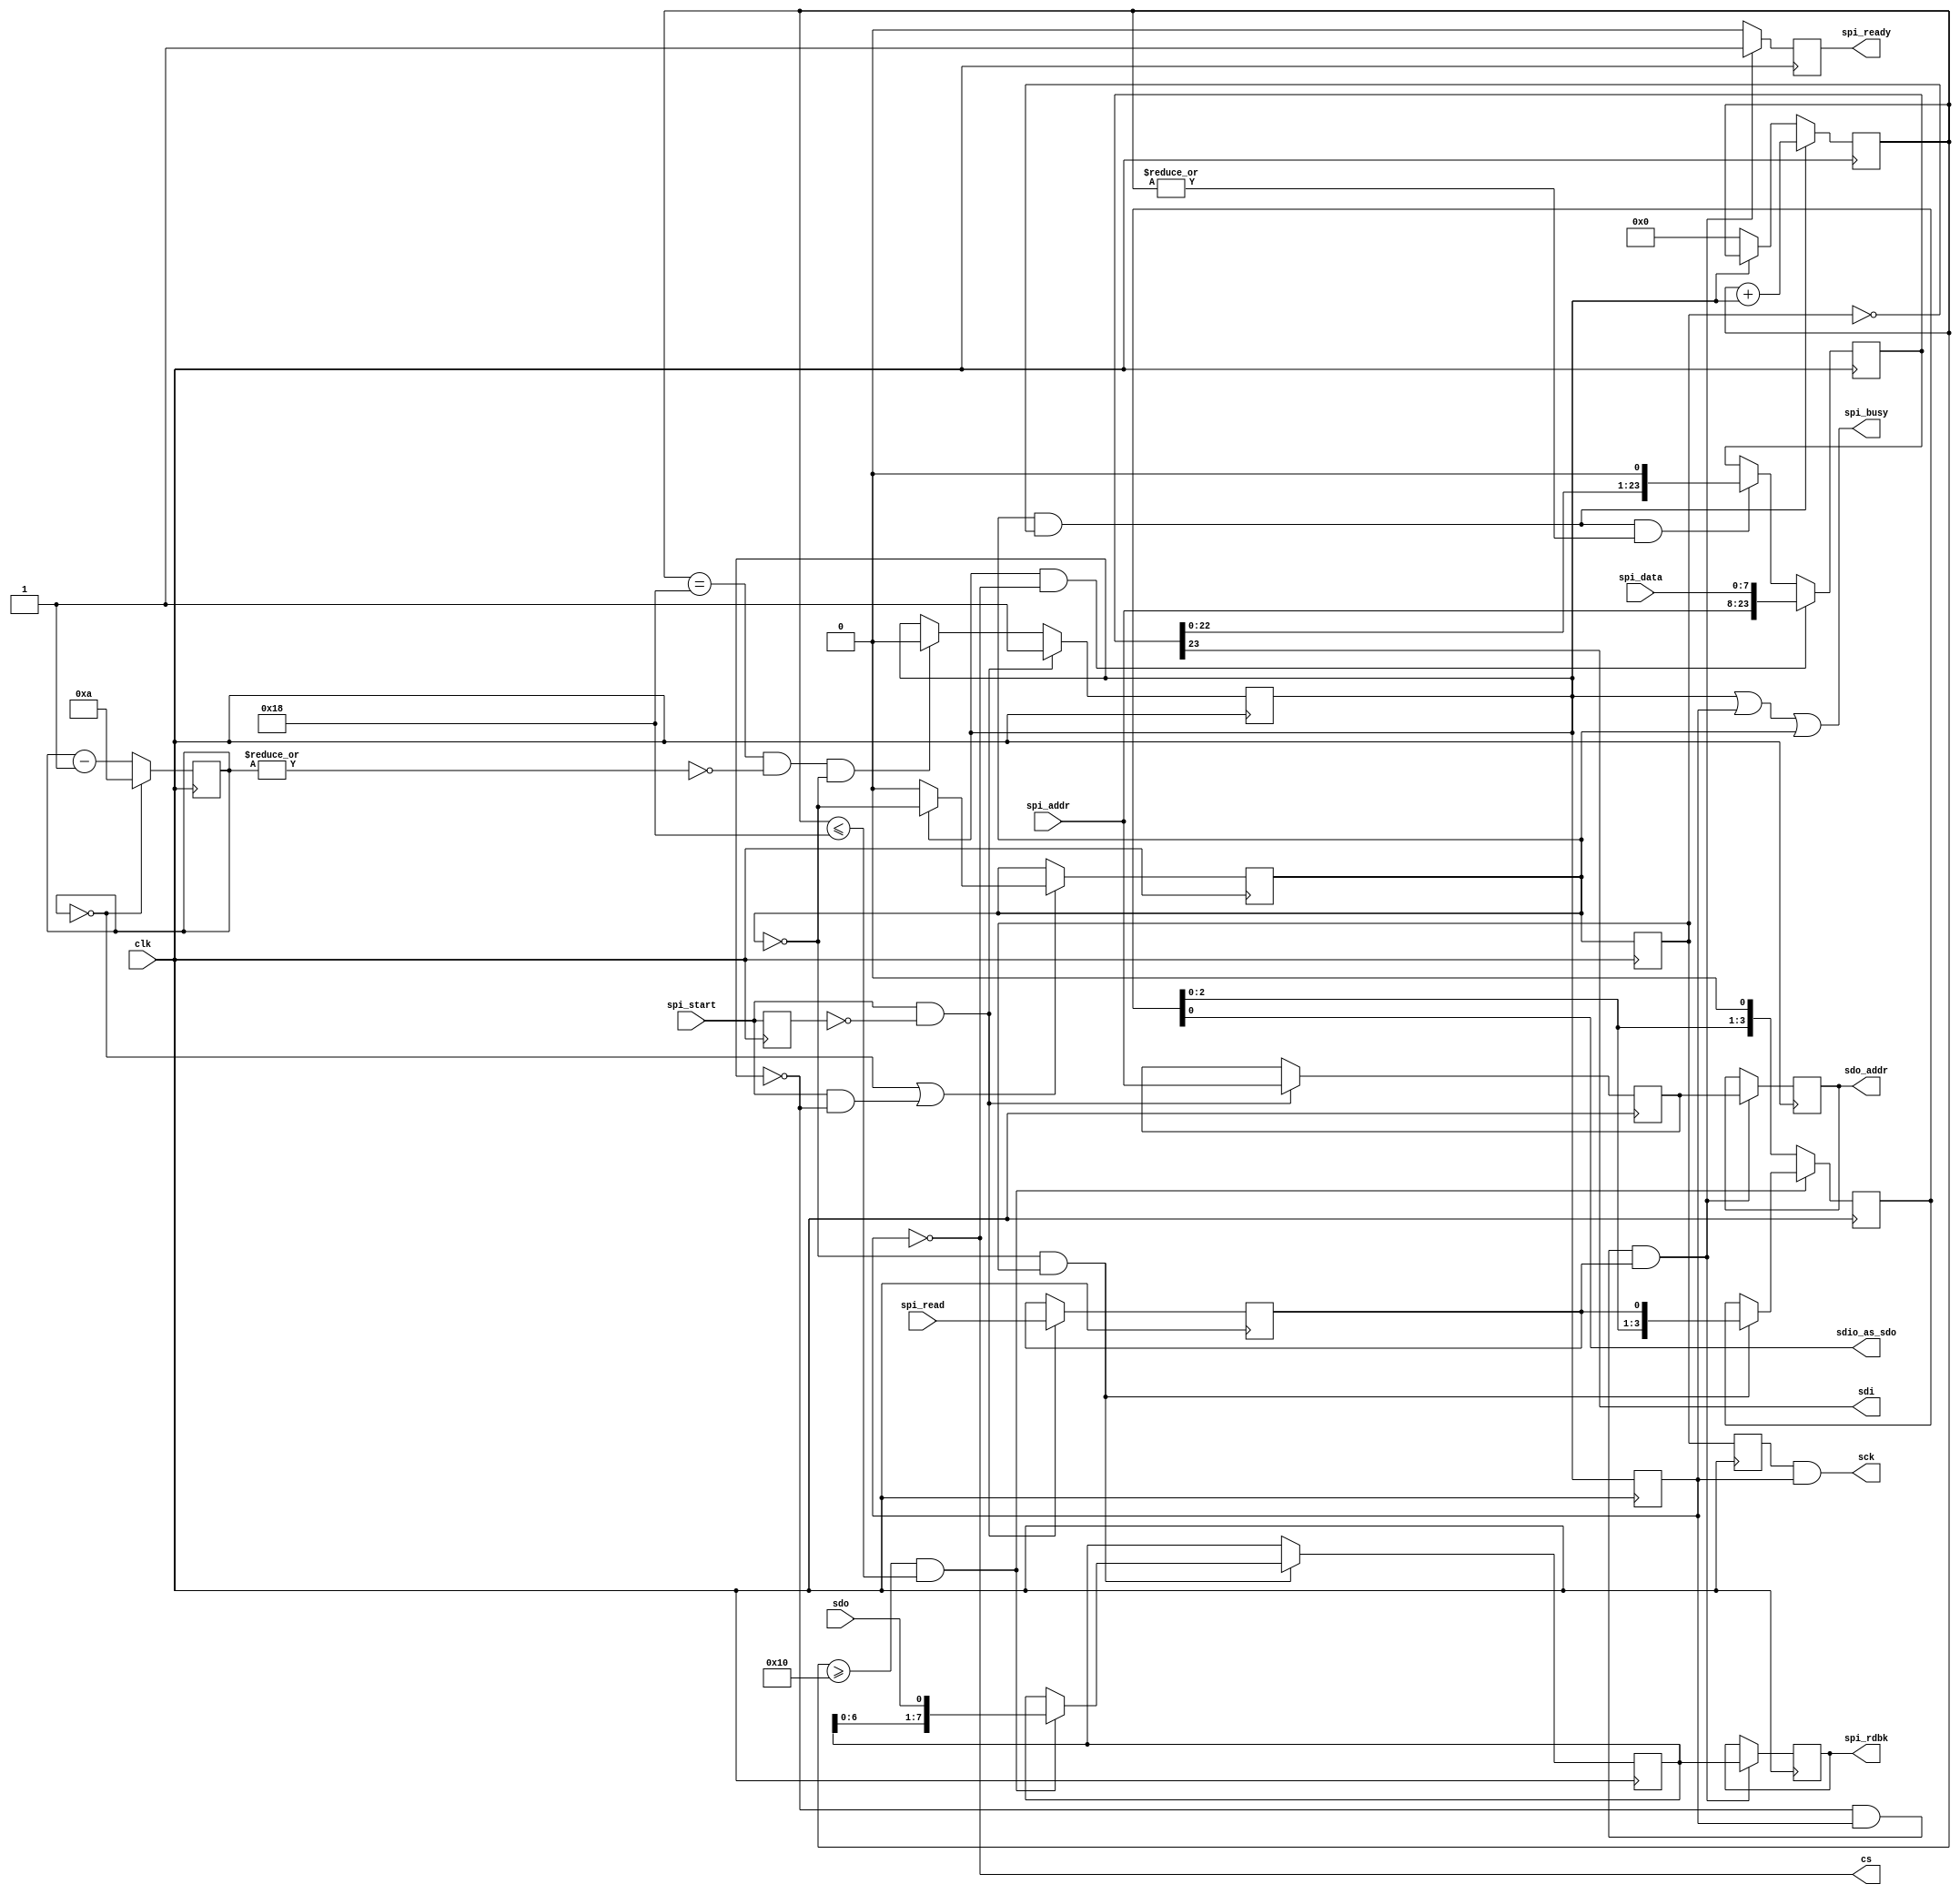
`timescale 1ns / 1ns
module spi_master #(
	parameter TSCKHALF=10,
	parameter ADDR_WIDTH=16,
	parameter DATA_WIDTH=8,
	parameter SCKCNT_WIDTH = clog2(ADDR_WIDTH+DATA_WIDTH+1),
	parameter TSCKW= clog2(TSCKHALF)+1,  // tsck is 2^5 time ts
	parameter SCK_RISING_SHIFT=1
) (
	input                  clk,
	input                  spi_start,
	output                 spi_busy,  // High while SPI transaction in flight
	input                  spi_read,
	input [ADDR_WIDTH-1:0] spi_addr,
	input [DATA_WIDTH-1:0] spi_data,
	output                 cs,
	output                 sck,
	output                 sdi,
	input                  sdo,
	output reg [ADDR_WIDTH-1:0] sdo_addr,
	output reg [DATA_WIDTH-1:0] spi_rdbk,
	output                 spi_ready,
	output                 sdio_as_sdo
);

function integer clog2;
	input integer value;
	integer local_value;
	begin
		local_value = value-1;
		for (clog2=0; local_value>0; clog2=clog2+1)
			local_value = local_value>>1;
	end
endfunction

reg cs_r=0,cs_r_d=0;
reg sck_r=0, sck_r_d=0, sck_r_d2=0;
reg [TSCKW-1:0] tckcnt=0;
reg [SCKCNT_WIDTH-1:0] sck_cnt=0;
reg spi_read_r=0, spi_start_r=0;
reg [ADDR_WIDTH-1:0] sdi_addr=0;

always @(posedge clk) begin
	tckcnt <= (tckcnt==0) ? TSCKHALF : tckcnt-1'b1;
	if (tckcnt==0 || (spi_start & ~cs_r)) sck_r <= cs_r ? ~sck_r : 1'b0 ;
	sck_r_d <= sck_r;
	sck_r_d2 <= sck_r_d;
	spi_start_r <= spi_start;
	if (spi_start & ~spi_start_r)
		cs_r <= 1'b1;
	else if (sck_cnt==ADDR_WIDTH+DATA_WIDTH & ~|tckcnt & ~sck_r )
		cs_r <= 1'b0;

	if (spi_start & ~spi_start_r) begin
		spi_read_r <= spi_read;
		sdi_addr <= spi_addr;
	end
	if (sck_r & ~sck_r_d) begin
		sck_cnt <= sck_cnt+cs_r ;
	end else begin
		sck_cnt <= cs_r ? sck_cnt : 1'b0;
	end
		cs_r_d <= cs_r;
end
wire sck_in_cs=sck_r_d2&cs_r_d;
assign cs = ~cs_r_d;
assign sck = SCK_RISING_SHIFT ? sck_in_cs : ~sck_in_cs;

wire cs_falling_edge = ~cs_r & cs_r_d;
reg [ADDR_WIDTH+DATA_WIDTH-1:0] sdi_value=0;
reg [DATA_WIDTH-1:0] sdo_rdbk_sr=0;
always @(posedge clk) begin
		if (cs_r & ~cs_r_d) begin
			sdi_value <= {spi_addr, spi_data};
		end else begin
			if (sck_r & ~sck_r_d & |sck_cnt) begin
				sdi_value <= {sdi_value[ADDR_WIDTH+DATA_WIDTH-2:0], 1'b0};
			end
		end
end

reg [3:0] sr_switch=0;
assign sdio_as_sdo = sr_switch[0];
always @(posedge clk) begin
	if (~sck_r & sck_r_d) begin
		if (sck_cnt >= ADDR_WIDTH & sck_cnt <= ADDR_WIDTH+DATA_WIDTH) begin
			sdo_rdbk_sr <= {sdo_rdbk_sr[DATA_WIDTH-2:0], sdo};
		end
	end
end

always @(posedge clk) begin
	if (sck_cnt >= ADDR_WIDTH & sck_cnt <= ADDR_WIDTH+DATA_WIDTH) begin
		if (sck_r_d & ~sck_r) begin
			sr_switch <= {sr_switch[2:0], spi_read_r};
		end
	end
	else begin
		sr_switch <= {sr_switch[2:0],1'b0};
	end
end

reg spi_ready_r=0;
always @(posedge clk) begin
	if (cs_falling_edge & spi_read_r) begin
		sdo_addr <= sdi_addr;
		spi_rdbk <= sdo_rdbk_sr;
		spi_ready_r <= 1;
	end
	else
		spi_ready_r <=0;
end
assign sdi = sdi_value[ADDR_WIDTH+DATA_WIDTH-1];
assign spi_ready = spi_ready_r;
assign spi_busy = cs_r | ~cs | sck_r;

endmodule